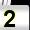
Digit: 2